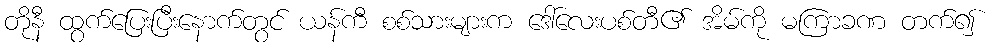
တိုနီ ထွက်ပြေးပြီးနောက်တွင် ယန်ကီ စစ်သားများက ဒေါ်လေးပစ်တီ၏ အိမ်ကို မကြာခဏ တက်၍